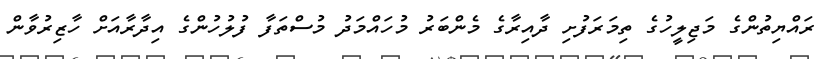
ރައްޔިތުންގެ މަޖިލީހުގެ ތިމަރަފުށި ދާއިރާގެ މެންބަރު މުހައްމަދު މުސްތަފާ ފުލުހުންގެ އިދާރާއަށް ހާޒިރުވާން